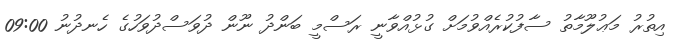
އިތުރު މަޢުލޫމާތު ސާފުކުރެއްވުމަށް ގުޅުއްވާނީ ރަސްމީ ބަންދު ނޫން ދުވަސްދުވަހުގެ ހެނދުނު 09:00